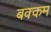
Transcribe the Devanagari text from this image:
बक्कम